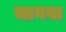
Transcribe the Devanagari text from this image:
जागवा